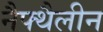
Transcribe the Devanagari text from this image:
नैफ्थैलीन